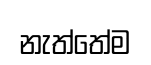
නැත්තේම